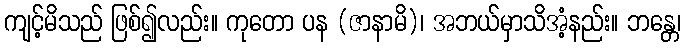
ကျင့်မိသည် ဖြစ်၍လည်း။ ကုတော ပန (ဇာနာမိ)၊ အဘယ်မှာသိအံ့နည်း။ ဘန္တေ၊